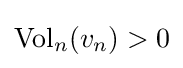
\operatorname {Vol} _{n}(v_{n})>0